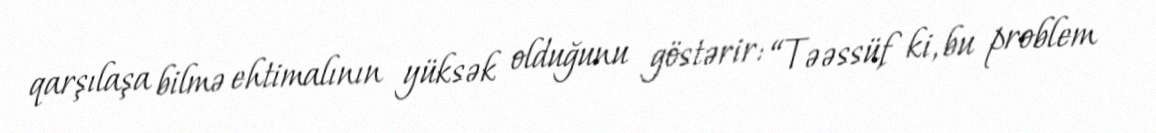
qarşılaşa bilmə ehtimalının yüksək olduğunu göstərir: “Təəssüf ki, bu problem